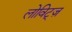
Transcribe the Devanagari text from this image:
लोविट्ज़